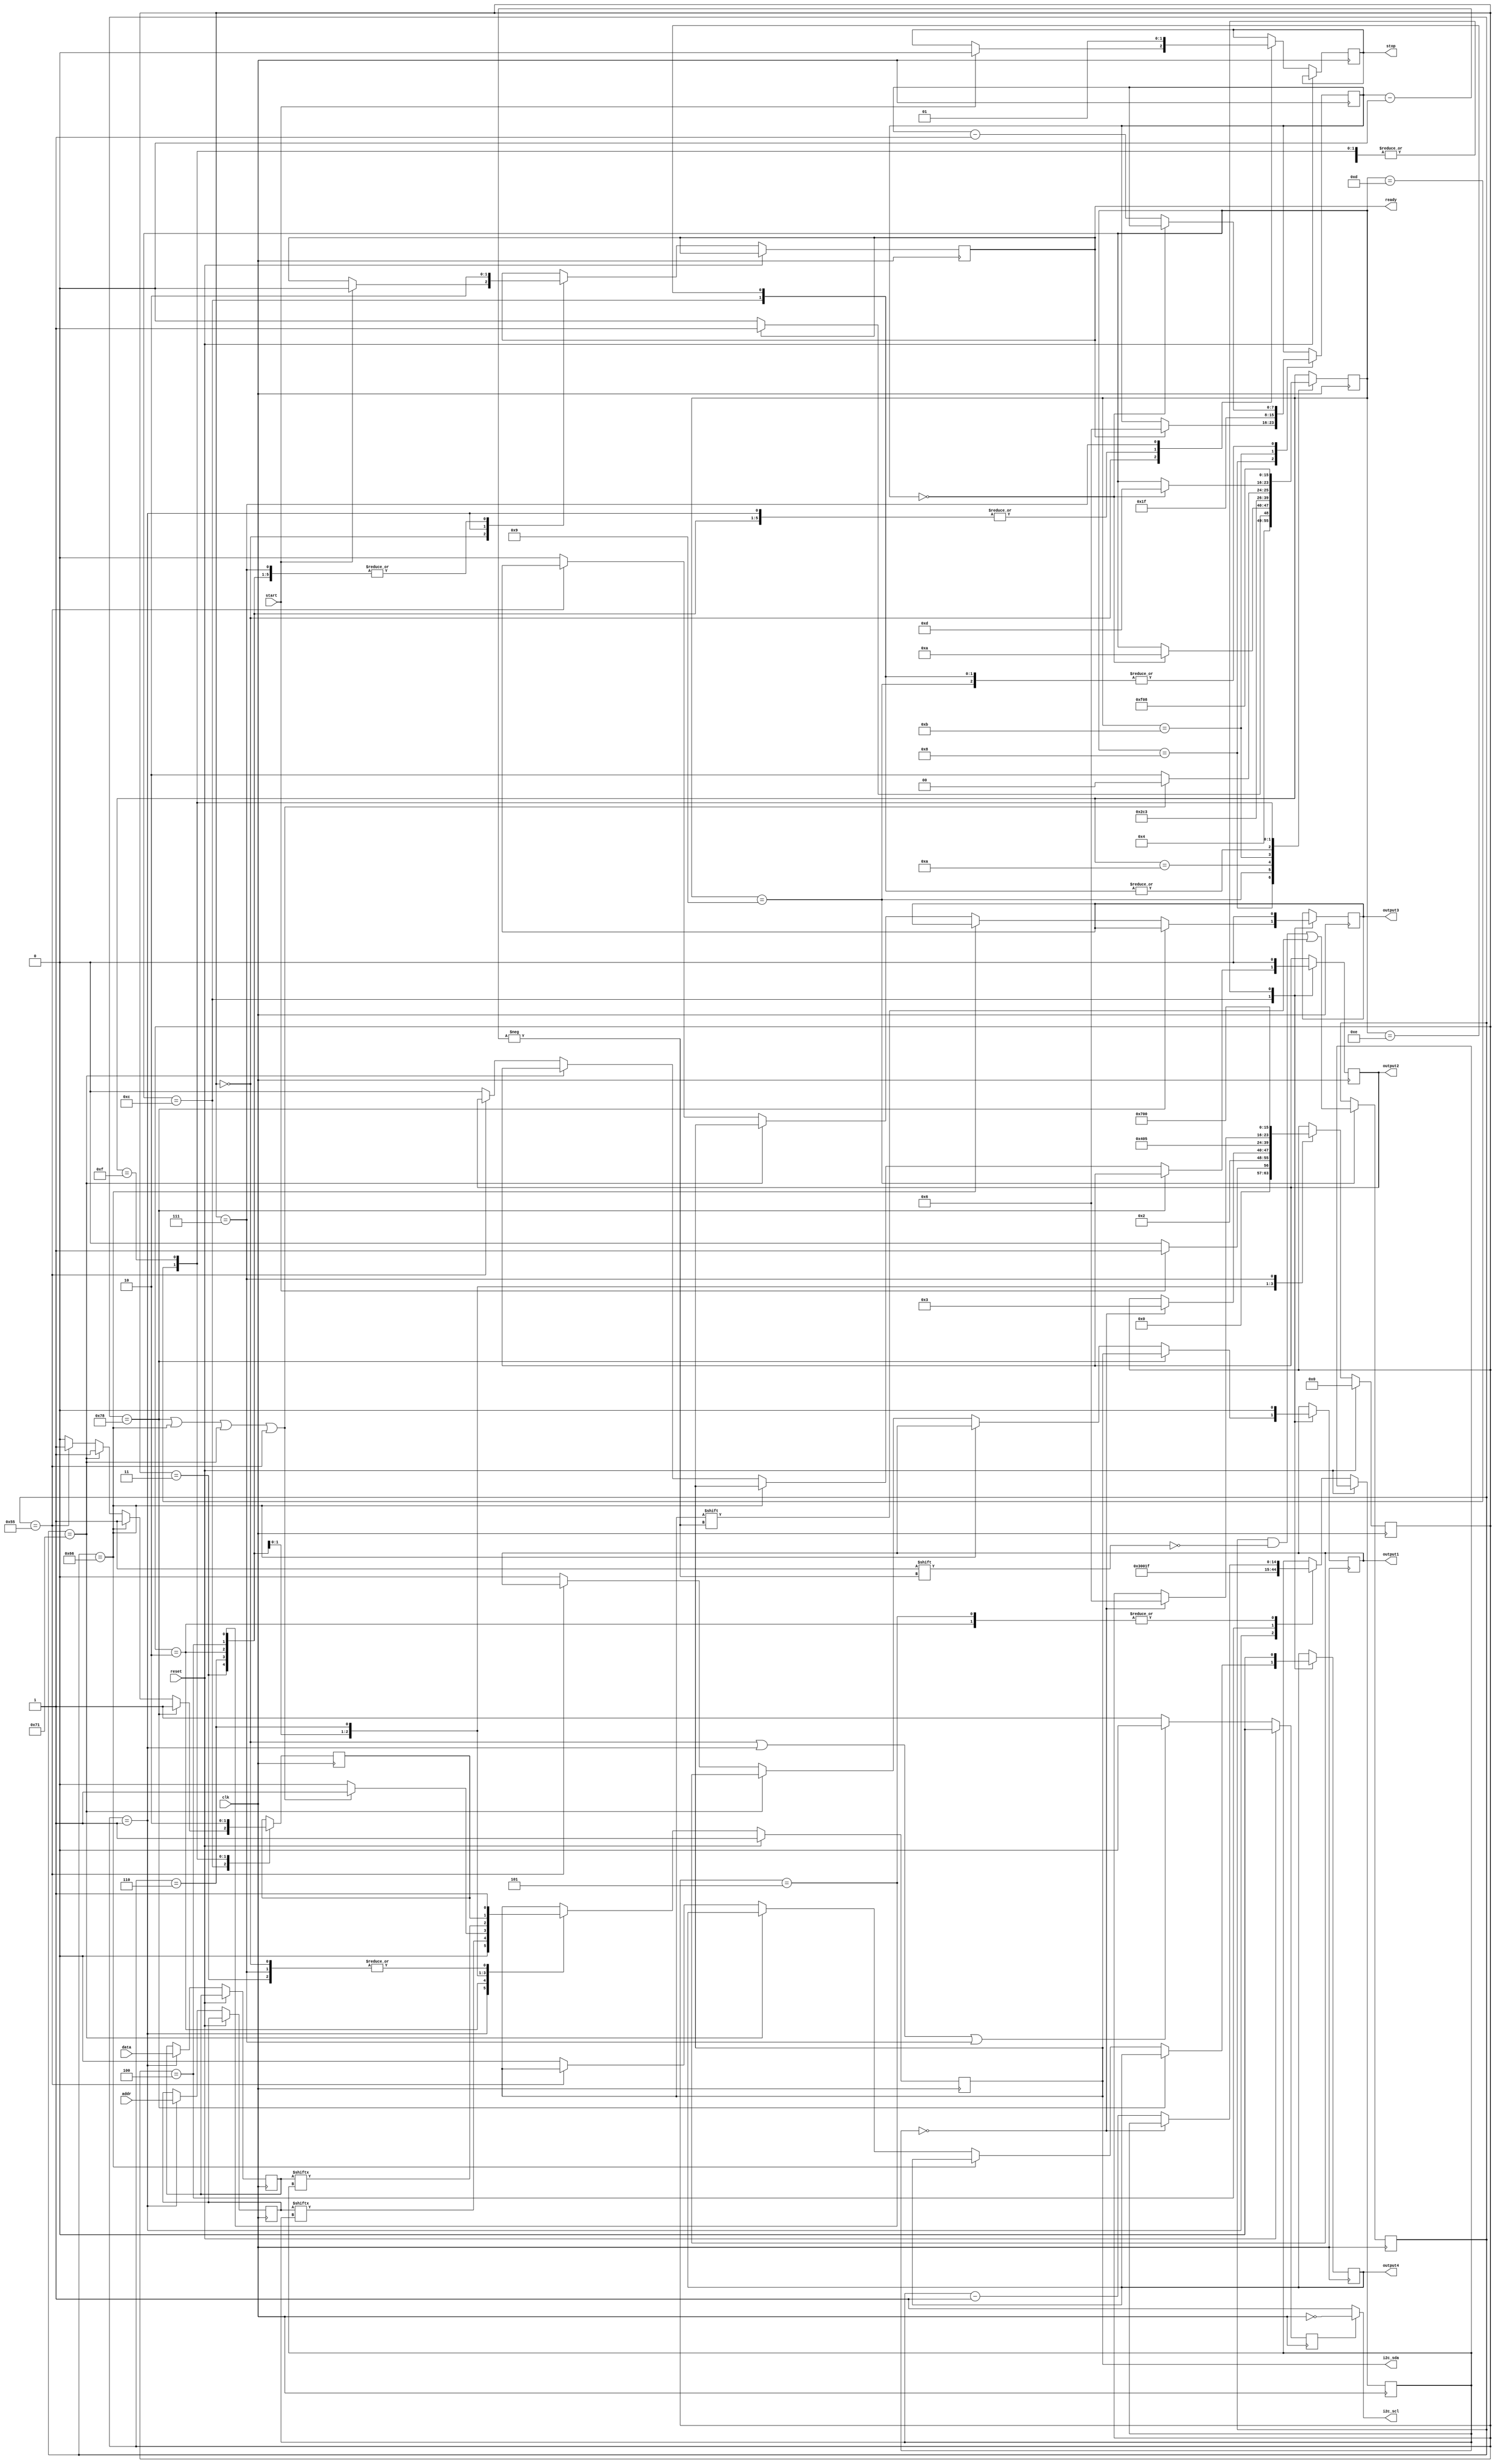
module code(
			input wire clk,
			input wire reset,
			input wire start,
			input wire [6:0] addr,
			input wire [31:0] data,
			output reg i2c_sda,
			output wire i2c_scl,
			output reg ready,
			output reg stop,
			output wire output1,
			output wire output2,
			output wire output3,
			output wire output4
    );
//////////////////////////////////------MASTER-------////////////////////////////////////////
//defining state_machines
parameter STATE_IDLE=0;
parameter STATE_START=1;
parameter STATE_ADDR=2;
parameter STATE_RW=3;
parameter STATE_WACK=4;
parameter STATE_DATA=5;
parameter STATE_WACK2=6;
parameter STATE_STOP=7;

reg [7:0] state=0;
reg [14:0] count;

reg [6:0] saved_addr;
reg [31:0] saved_data;
reg i2c_scl_enable=0;

wire wack1; // Acknowledge for address
wire wack2; //Acknowledge for data

reg wack11=0;
reg wack22=0;

assign wack1=wack11; //wack11 is used in slave design
assign wack2=wack22;  //wack22 is used in slave design

assign i2c_scl = (i2c_scl_enable == 0) ? 1 : ~clk;
		
always @(negedge clk) //neg  
	begin
		if(reset ==1)
			begin
				i2c_scl_enable<=0;
			end 
		else
			begin
				if(( state==STATE_IDLE)||(state==STATE_START)||(state==STATE_STOP))
				i2c_scl_enable<=0;
				else 
				i2c_scl_enable<=1;
	      end
end

always @(posedge clk) 
	begin  
			if(reset==1) begin
				state<=STATE_IDLE;
				i2c_sda<=1;
			end
   
			else 
				begin
		
				case(state)
						STATE_IDLE:  begin 
								i2c_sda<=1;
										if(start) begin
											state<=STATE_START;
											ready<=0;
											stop<=0;
										end
										else 
											state<=STATE_IDLE;
						end //end state idle
				
						STATE_START: begin //msb address bit
									i2c_sda<=0; 
									saved_addr<=addr;
									saved_data<=data;
									ready<=1'b1;
									stop<=0;
									state<= STATE_ADDR;
									count<=6;
						end // end state addr
				 
						STATE_ADDR: begin
								  i2c_sda<=saved_addr[count];
							     ready<=0; 
								  stop<=0;
										if(count==0) state<= STATE_RW;
										else count <= count-1;
						end //end state addr
			
						STATE_RW: begin
								 i2c_sda<=1;   //enable<=1	
								 ready<=0;
								 stop<=0;
								 state<= STATE_WACK;
              		end // end state rw
					
						STATE_WACK : begin
						
								if((address==addr1)||(address==addr2)||(address==addr3)||(address==addr4))
										i2c_sda<=1;
								else
										i2c_sda<=0;	
								ready<=0;
								stop<=0;
								state<=STATE_DATA;
								count<=31;
						end //end state wack
					
						STATE_DATA : begin
								i2c_sda<= saved_data[count];
								ready<=0; 
								stop<=0;
									if(count ==0) state <=STATE_WACK2;
									else count<= count-1;
						end //end state data
					
						STATE_WACK2 : begin
								i2c_sda<=wack2;
								ready<=0;
								stop<=0;
								state<=STATE_STOP;
						end //end wack2
			
						STATE_STOP: begin
								i2c_sda<=1;
								ready<=0;
								stop<=1;
								state<= STATE_IDLE;
					end//end stop
				endcase
			end //end else
		end //end always
		
//////////////////////////////////------SLAVES-------////////////////////////////////////////

wire [6:0] address; //address cum rd/wr enable
reg [7:0] counter=6;
reg [7:0] rx_state=8;

//defining parameters for SLAVES
parameter RX_IDLE=8;
parameter RX_ADDR=9;
parameter RX_RD_WR_ENABLE=10;
parameter RX_WACK1=11;
parameter RX_OUTPUT=12;
parameter RX_WACK2=13;
parameter RX_NON_OUTPUT=14;
parameter RX_STOP=15;

// pre-defined unique addresses for slaves of 7-bit 
reg [6:0] addr1=7'b1111000;
reg [6:0] addr2=7'b1100110;
reg [6:0] addr3=7'b1110001;
reg [6:0] addr4=7'b1010101;

reg [6:0] address1; //temporary address register for matching
wire reset1; // temporary storage for reset  
wire start1; // temporary storage for start

assign start1=start;
assign reset1=reset;

assign address=address1; //address register at receiever 

reg output11=0; //temporary reg output1
reg output22=0; //temporary reg output2
reg output33=0; //temporary reg output3
reg output44=0; //temporary reg output4

assign output1=output11; //output terminal for slave-1
assign output2=output22; //output terminal for slave-2
assign output3=output33; //output terminal for slave-3
assign output4=output44; //output terminal for slave-4

always @(posedge clk)
 begin  
		case(rx_state)
			
				RX_IDLE:  begin 
									if(ready) begin
									rx_state<=RX_ADDR;
										counter<=6;
											output11<=0;
												output22<=0;
													output33<=0;
														output44<=0;end
									else begin 
									rx_state<=RX_IDLE;
										output11<=0;
											output22<=0;
												output33<=0;
													output44<=0; end			
				end 
				 
			   RX_ADDR: begin
					 address1[counter]<=i2c_sda; 
					 output11<=0;output22<=0;output33<=0;output44<=0;
					
				   if(counter==0) begin
							rx_state<= RX_RD_WR_ENABLE;
					  end		
					else counter <= counter-1; 
			    end  
			
				RX_RD_WR_ENABLE: 	begin
             			rx_state<= RX_WACK1;	
							output11<=0;output22<=0;output33<=0;output44<=0;					
  				end 
					
				RX_WACK1:	begin
						if((address==addr1)||(address==addr2)||(address==addr3)||(address==addr4))
								begin wack11<=1;
								rx_state<=RX_OUTPUT; 
								counter<=31;
							   end
						else
								begin wack11<=0; 
								rx_state<=RX_NON_OUTPUT; 
								counter<=31;
								end
			   end
				 
			  RX_OUTPUT: 	begin
							        if(address==addr1)
						           	begin
							           output11<= i2c_sda; wack22<=1;
					                      if(counter ==0) rx_state <=RX_WACK2;
					                  else counter<= counter-1;
					              end 
						  
						           else if(address==addr2)
							         begin
							            output22<= i2c_sda; wack22<=1;
					                    if(counter ==0) rx_state <=RX_WACK2;
					                     else counter<= counter-1;
					              end 
  
	          					  else if(address==addr3)
				          			begin
							            output33<= i2c_sda;wack22<=1;
					                    if(counter ==0) rx_state <=RX_WACK2;
					                      else counter<= counter-1;
					               end 

						           else if(address==addr4)
							          begin
							            output44<= i2c_sda;wack22<=1;
					                     if(counter ==0) rx_state <=RX_WACK2;
					                      else counter<= counter-1;
					               end 
						  
						             else 
						                begin 
							                 output44<=0; 
												  output33<=0;
												  output22<=0;
												  output11<=0;
												  wack11<=0;
												  wack22<=0;
					                         if(counter ==0) rx_state <=RX_WACK2;
					                           else counter<= counter-1;
					                    end 
				end
							
				RX_NON_OUTPUT:	begin
							      output44<=0; output33<=0; output22<=0; output11<=0;
					                     
									if(counter ==0) rx_state<=RX_WACK2;
					            else counter<= counter-1;
			   end 
			
					
			   RX_WACK2:	 begin 
								wack22<=1; 
								rx_state<=RX_STOP;
								output11<=0;output22<=0;output33<=0;output44<=0;
				end
					
				RX_STOP: 	begin 
								output11<=0;output22<=0;output33<=0;output44<=0;
								wack11<=0;
								wack22<=0;
								rx_state<=RX_IDLE; 
   			end	
	
  	endcase //endcase
 end //end always

endmodule